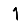
Digit: 1